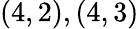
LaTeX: (4,2),(4,3)